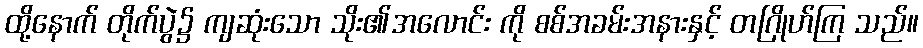
ထို့နောက် တိုက်ပွဲ၌ ကျဆုံးသော သိုး၏အလောင်း ကို စစ်အခမ်းအနားနှင့် တဂြိုဟ်ကြ သည်။